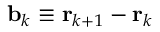
\mathbf b _ { k } \equiv \mathbf r _ { k + 1 } - \mathbf r _ { k }